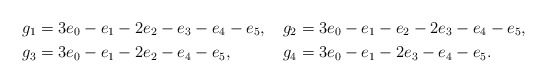
\begin{align*}g_1&=3e_0-e_1-2e_2-e_3-e_4-e_5,&g_2&=3e_0-e_1-e_2-2e_3-e_4-e_5,\\g_3&=3e_0-e_1-2e_2-e_4-e_5,& g_4&=3e_0-e_1-2e_3-e_4-e_5.\end{align*}